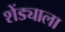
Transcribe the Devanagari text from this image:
शेंड्याला